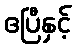
ဧပြီနှင့်